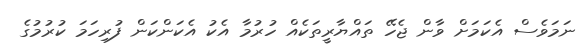
ނަމަވެސް އެކަމަށް ވާން ޖެހޭ ތައްޔާރީތަކެއް ހުރުމާ އެކު އެކަންކަން ފުރިހަމަ ކުރުމުގެ